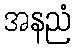
အနညံ